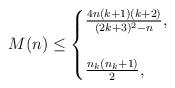
LaTeX: \begin{align*} M(n) \leq \begin{cases}\frac{4n(k+1)(k+2)}{(2k+3)^2-n}, & \\ \\\frac {n_k(n_k+1)}2, & \end{cases}\end{align*}